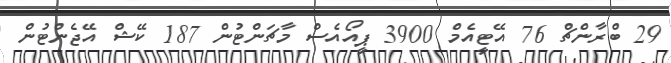
29 ބްރާންޗް 76 އޭޓީއެމް 3900 ޕީއޯއެސް މާޗަންޓުން 187 ކޭޝް އޭޖެންޓުން